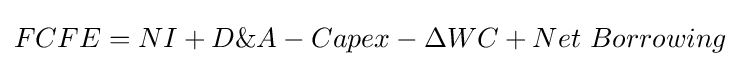
FCFE=NI+D\&A-Capex-\Delta WC+Net\ Borrowing